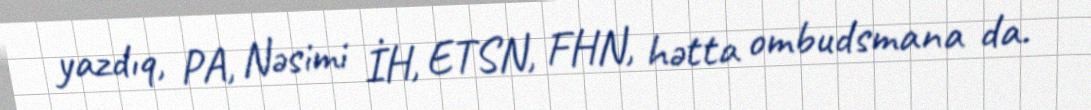
yazdıq, PA, Nəsimi İH, ETSN, FHN, hətta ombudsmana da.